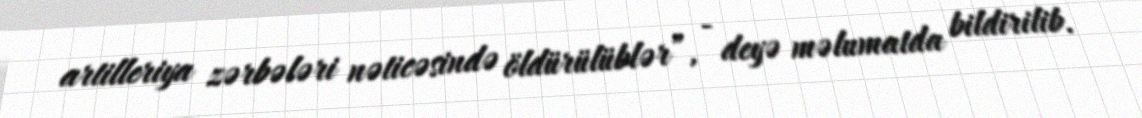
artilleriya zərbələri nəticəsində öldürülüblər”, - deyə məlumatda bildirilib.